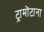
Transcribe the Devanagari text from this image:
ट्रामोंटाना